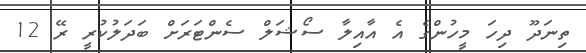
ތިނަދޫ ދިހަ މީހުންގެ އެ އާއިލާ ސޯޝަލް ސެންޓަރަށް ބަދަލުކުރީ ރޭ 12